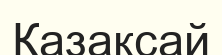
Қазақсай